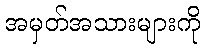
အမှတ်အသားများကို